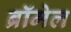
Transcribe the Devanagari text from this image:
ब्रॉमेल